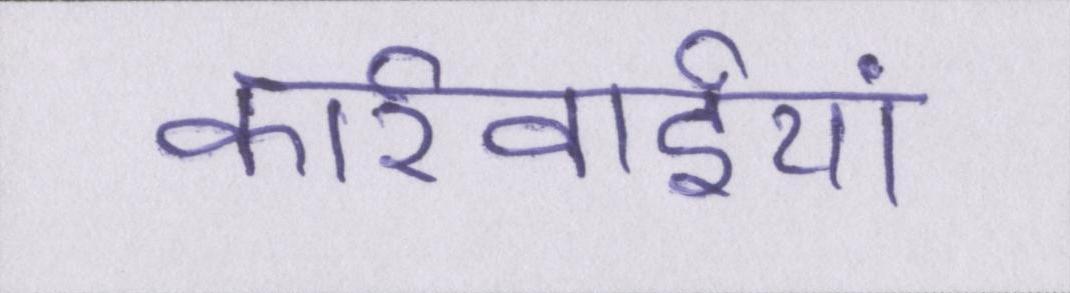
कार्रवाईयां